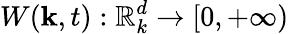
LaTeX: W(\mathbf{k},t):\mathbb{R}_{k}^{d}\rightarrow[0,+\infty)